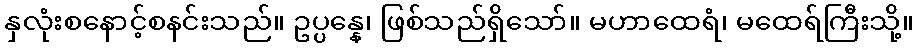
နှလုံးစနောင့်စနင်းသည်။ ဥပ္ပန္နေ၊ ဖြစ်သည်ရှိသော်။ မဟာထေရံ၊ မထေရ်ကြီးသို့။